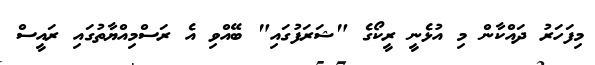
މިފަހަރު ދައްކާން މި އުޅެނީ ރީކޯގެ "ޝަރަފުގައި" ބޭއްވި އެ ރަސްމިއްޔާތުގައި ރައީސް